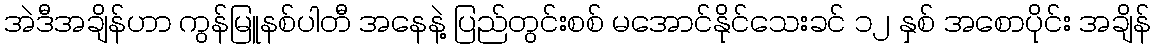
အဲဒီအချိန်ဟာ ကွန်မြူနစ်ပါတီ အနေနဲ့ ပြည်တွင်းစစ် မအောင်နိုင်သေးခင် ၁၂ နှစ် အစောပိုင်း အချိန်